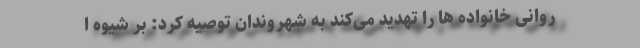
روانی خانواده ها را تهدید می‌کند به شهروندان توصیه کرد: بر شیوه ا